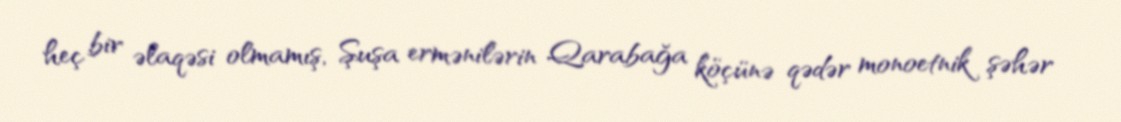
heç bir əlaqəsi olmamış, Şuşa ermənilərin Qarabağa köçünə qədər monoetnik şəhər